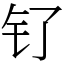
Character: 钌